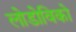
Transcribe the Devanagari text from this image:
लोडोविको